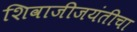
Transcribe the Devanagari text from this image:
शिवाजीजयंतीचा